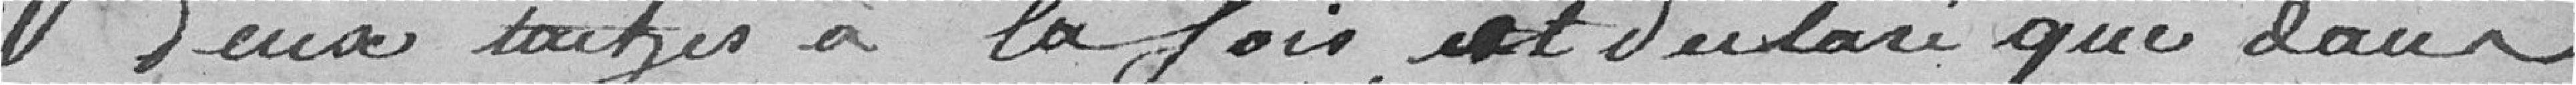
deux tâches à la fois, et que dans